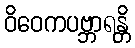
ဝိဝေကပဗ္ဘာရန္တိ